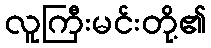
လူကြီးမင်းတို့၏